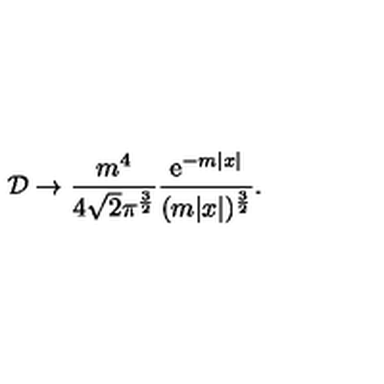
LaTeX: { \cal D } \to \frac { m ^ { 4 } } { 4 \sqrt { 2 } \pi ^ { \frac 3 2 } } \frac { \mathrm { e } ^ { - m | x | } } { ( m | x | ) ^ { \frac 3 2 } } .